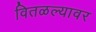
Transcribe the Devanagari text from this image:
वितळल्यावर